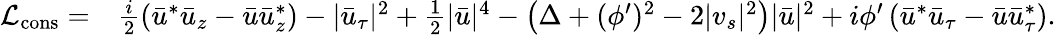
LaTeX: \begin{array}{rl}{{\mathcal{L}}_{\mathrm{cons}}=}&{\frac{i}{2}\left(\bar{u}^{*}\bar{u}_{z}-\bar{u}\bar{u}_{z}^{*}\right)-|\bar{u}_{\tau}|^{2}+\frac{1}{2}|\bar{u}|^{4}-\left(\Delta+(\phi^{\prime})^{2}-2|v_{s}|^{2}\right)|\bar{u}|^{2}+i\phi^{\prime}\left(\bar{u}^{*}\bar{u}_{\tau}-\bar{u}\bar{u}_{\tau}^{*}\right).}\end{array}